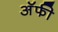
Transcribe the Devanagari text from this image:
अॅफी